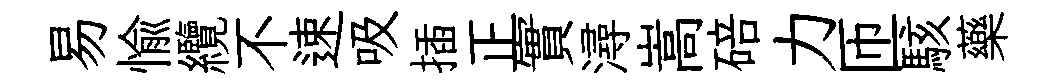
易愉纜不速吸插正實潯嵩碚力匝駭藥